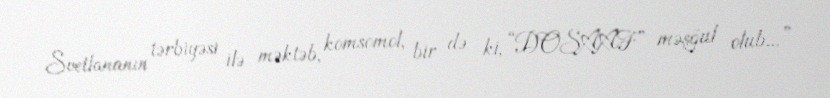
Svetlananın tərbiyəsi ilə məktəb, komsomol, bir də ki, “DOSAAF” məşğul olub...”